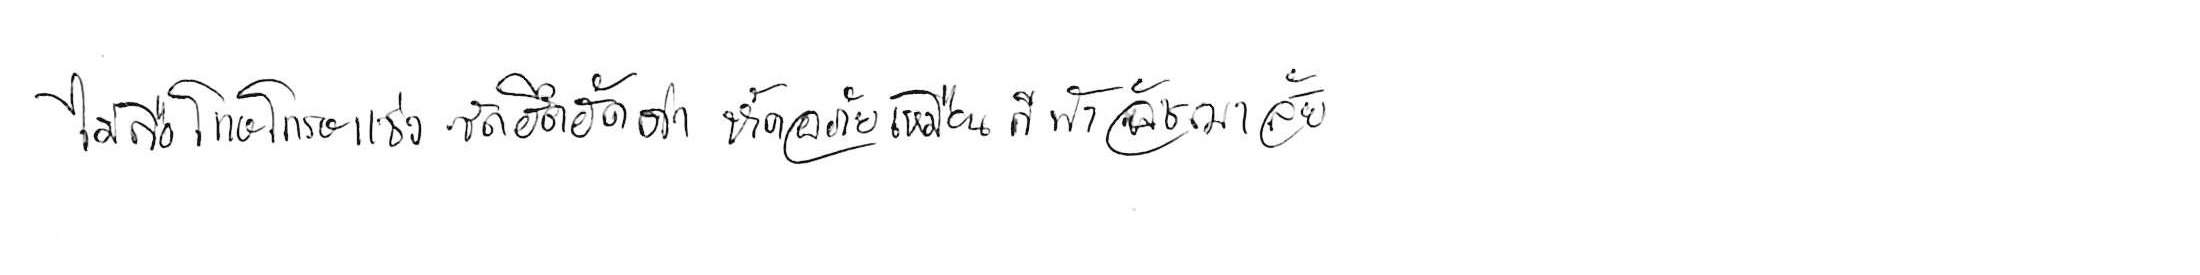
ไม่ถือโทษโกรธแช่งซัดฮึดฮัดด่า หัดอภัยเหมือนกีฬาอัชฌาสัย